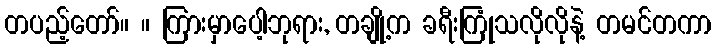
တပည့်တော်။ ။ ကြားမှာပေါ့ဘုရား, တချို့က ခရီးကြုံသလိုလိုနဲ့ တမင်တကာ